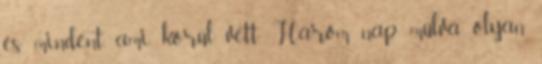
és mindent, ami körül vett. Három nap múlva olyan